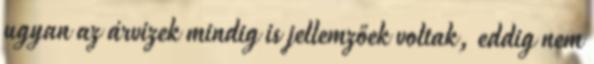
ugyan az árvizek mindig is jellemzőek voltak, eddig nem